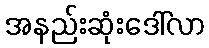
အနည်းဆုံးဒေါ်လာ